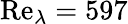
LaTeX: \mathrm{Re}_{\lambda}=597